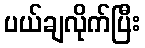
ပယ်ချလိုက်ပြီး